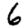
Digit: 6